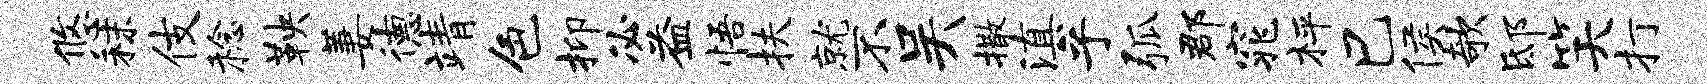
悠秣伎稔鞅萋德靖色抑必益悟扶就不吴撒滇乎弧郡窕枰巳侯欹邸笑打